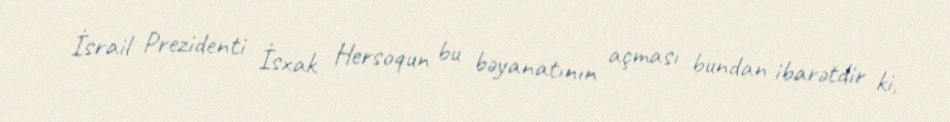
İsrail Prezidenti İsxak Hersoqun bu bəyanatının açması bundan ibarətdir ki,